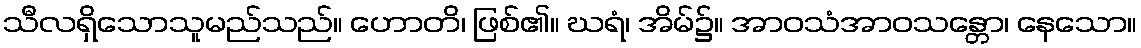
သီလရှိသောသူမည်သည်။ ဟောတိ၊ ဖြစ်၏။ ဃရံ၊ အိမ်၌။ အာဝသံအာဝသန္တော၊ နေသော။